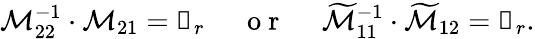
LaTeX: \mathcal{M}_{22}^{-1}\cdot\mathcal{M}_{21}=\mathbb{0}_{r}~~~~~\mathrm{~o~r~}~~~~~\widetilde{\mathcal{M}}_{11}^{-1}\cdot\widetilde{\mathcal{M}}_{12}=\mathbb{0}_{r}.